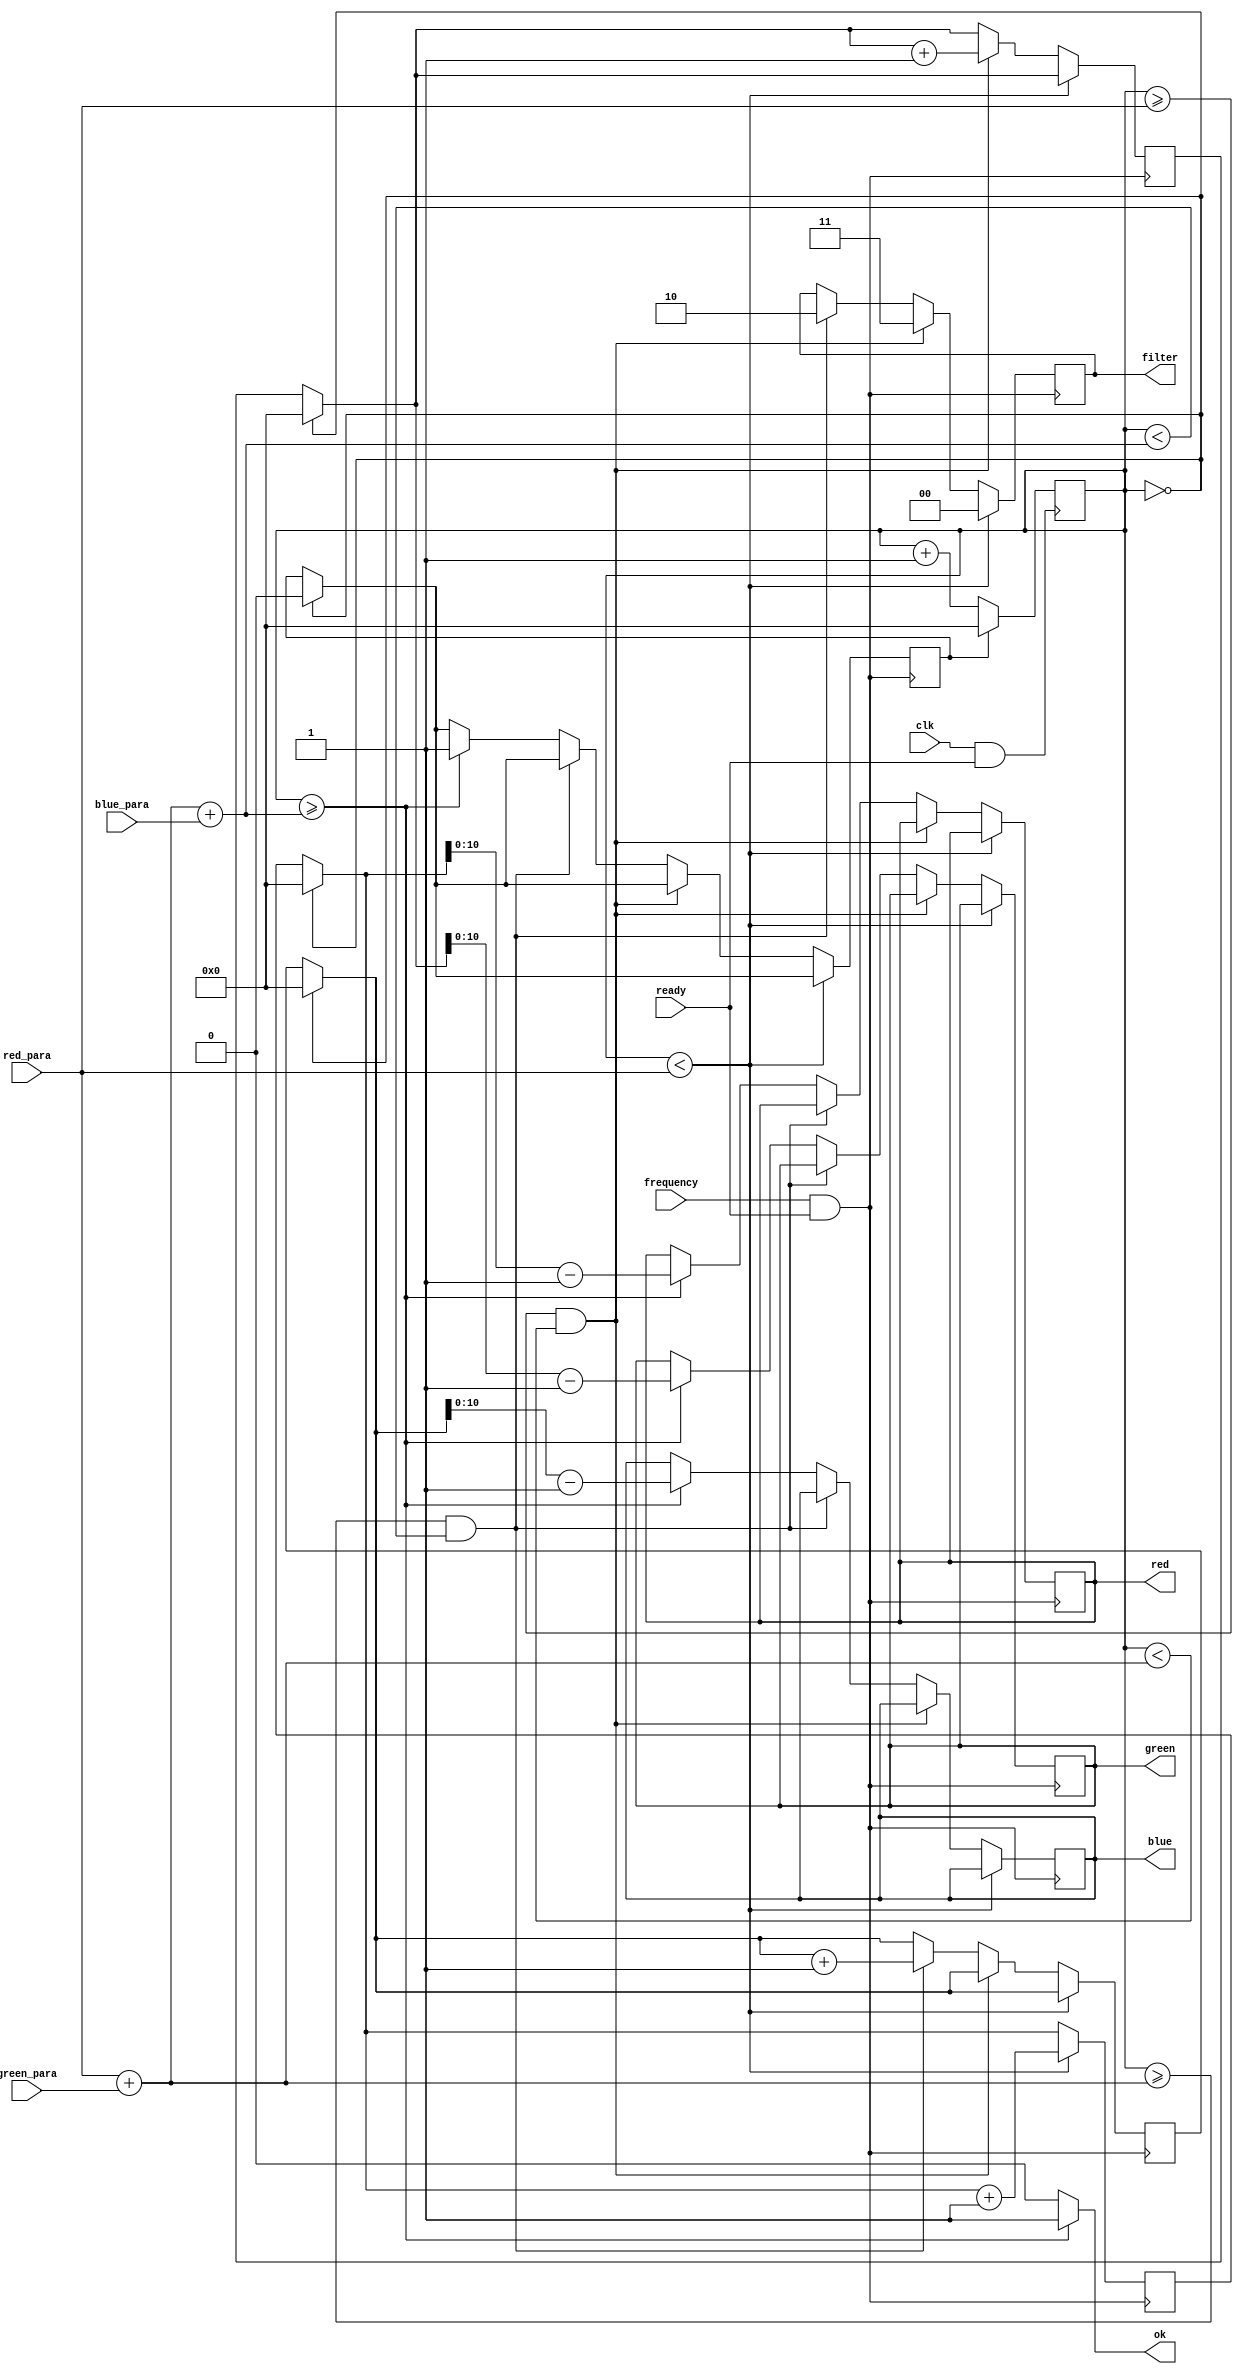
`timescale 1ns / 1ps
//////////////////////////////////////////////////////////////////////////////////
// Company: 
// Engineer: 
// 
// Design Name: 
// Module Name: Color_Identify
// Project Name: 
// Target Devices: 
// Tool Versions: 
// Description: 
// 
// Dependencies: 
// 
// Revision:
// Revision 0.01 - File Created
// Additional Comments:
// 
//////////////////////////////////////////////////////////////////////////////////


//

module Color_Identify(
    input clk,
    input frequency,
    input ready,
    input [63:0] red_para,
    input [63:0] green_para,
    input [63:0] blue_para,
    output reg [10:0] red,
    output reg [10:0] green,
    output reg [10:0] blue,
    output reg [1:0] filter,
    output ok
    );
    
    
    
    reg [63:0]count=0;
    reg [63:0]red_count=0;
    reg [63:0]green_count=0;
    reg [63:0]blue_count=0;
    reg [63:0]init_count=0;   //
    
    parameter standard_num=255;    
    parameter standard_value=255;//
    //
    
    reg reset=0;//
    
    
    //
    always @(posedge clk && ready)
    begin
    if(!reset)
        count=count+1;    
    else
       count=0;
    end     
    
    always @(posedge frequency && ready)
    begin
         
    if(count==0)
    begin
        red_count=0;
        green_count=0;
        blue_count=0;
        reset=0;
   end
   
   if(count<red_para)
   begin
        filter=2'b00;
        red_count=red_count+1;
   end      
   else if(count>=red_para && count<red_para+green_para)     
   begin
        filter=2'b11;
        green_count=green_count+1;
   end
   else if(count>=red_para+green_para && count<red_para+green_para+blue_para)
   begin
        filter=2'b10;
        blue_count=blue_count+1;
   end
   else if(count>=red_para+green_para+blue_para)
   begin
        red=red_count-1;
        green=green_count-1;
        blue=blue_count-1;
        reset=1;
   end
   else;
    
    end    
    
   assign ok=(count>=red_para+green_para+blue_para)?1:0; 
    
endmodule